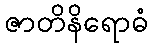
ဇာတိနိရောဓံ